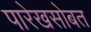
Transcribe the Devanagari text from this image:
पारेखसोबत